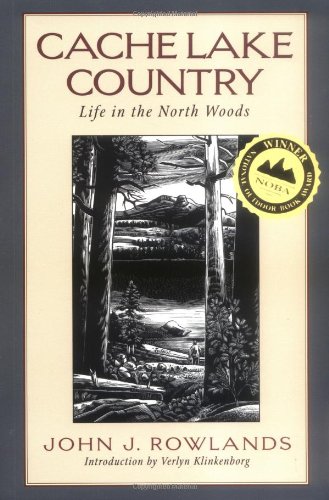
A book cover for Cache Lake Country: Life in the North Woods; John J. Rowlands; Science & Math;